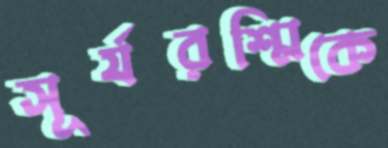
সূর্যরশ্মিকে